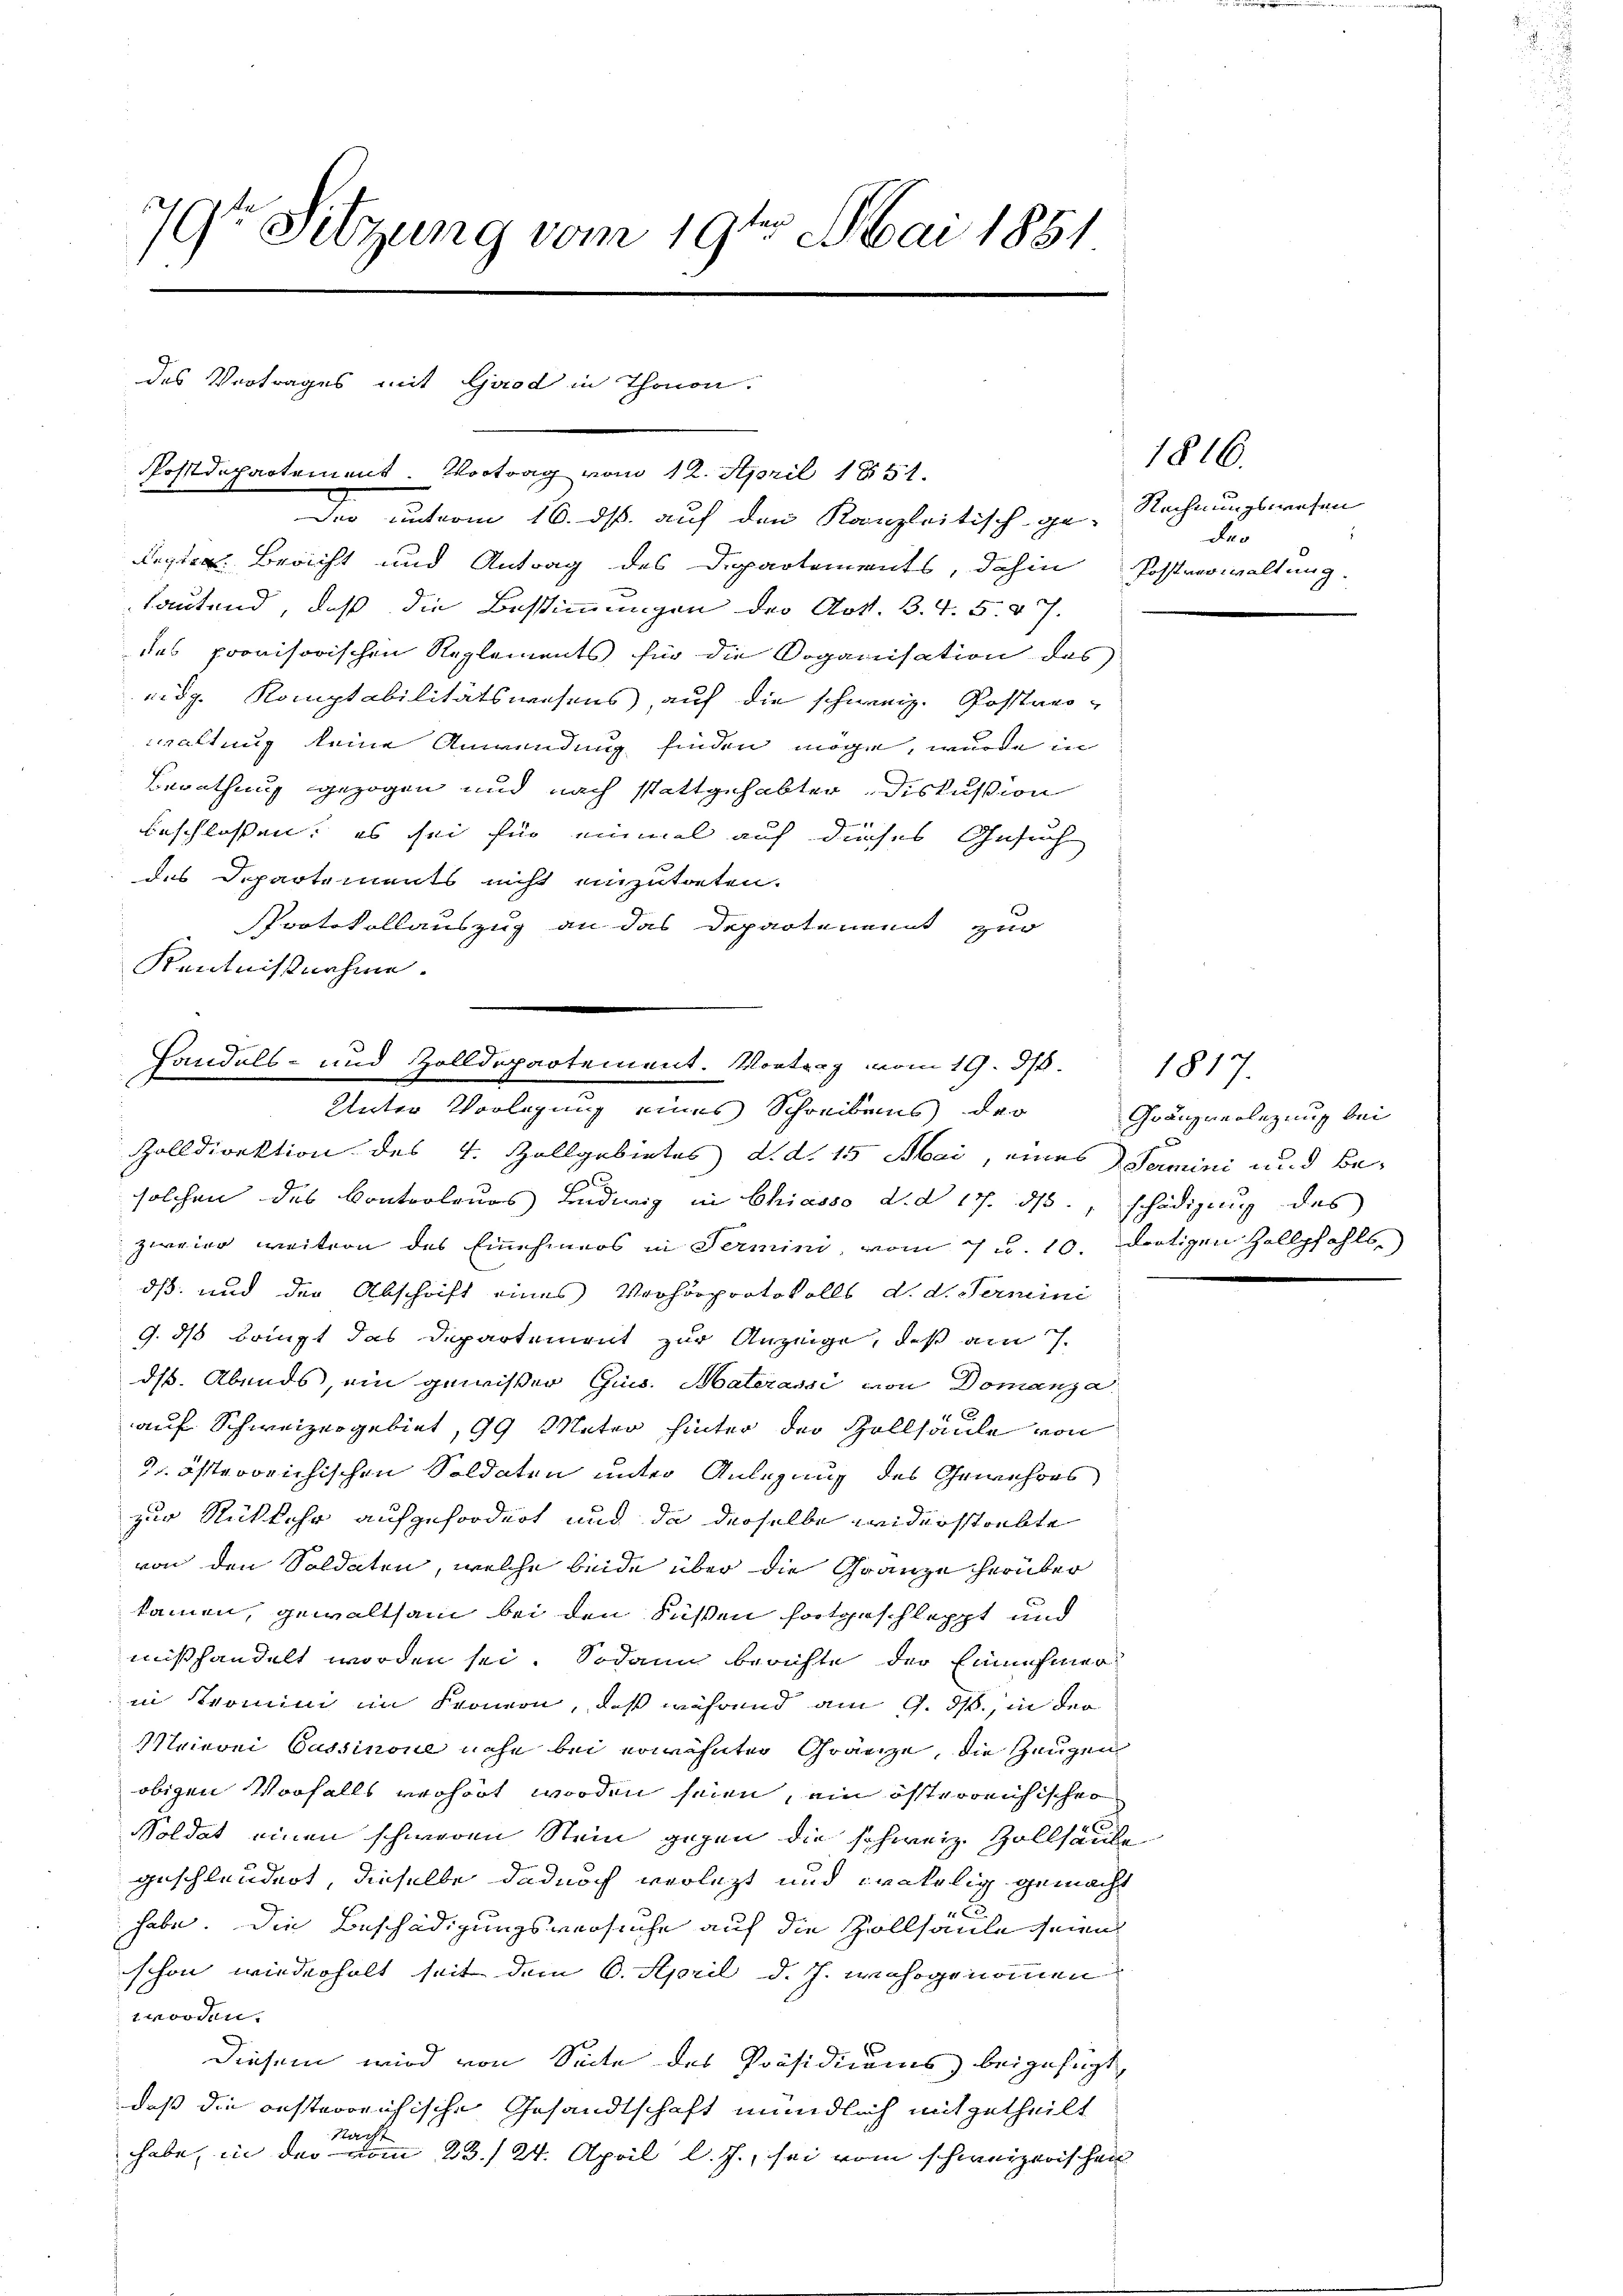
79te Sitzung vom 19ten Mai 1881

des Vertrages mit Good in Thonon.
Postdepartement. Vortrag vom 12. April 1851.

Der unterm 16. ds. auf den Kanzleitisch ge-
desten Bericht und Antrag des Departements, dahin Postverwaltung.
lautend, daß die Bestimmungen der Art. 3. 4. 5. 87.
des provisorischen Reglements für die Doganisation des
eidg. Komptabilitätswesens, auf die schweiz. Postner-
waltung keine Anwendung finden möge, wurde in
Berathung gezogen und nach stattgehabter, Diskussion
beschlossen, es sei für einmal auf dieses Gesuch
des Departements nicht einzutreten.
Protokollauszug an das Departenannt zur
Kentnißnahme.

Handels- und Zolldepartement. Vortrag vom 19. d. 1817.
Unter Vorlegung eines Schreibens der

Zolldirektion des 4. Zollgebietes d. d. 15 Mai, eines Semini und Be-
solchen des Controleurs Ludwig in Chiasso d. d. 17. ds., schädigung des
zweier weitern des Einehmers in Termini vom 7 u. 10. dortigen Zollpfahls
dß und der Abschrift eines Verhörprotokolls d. d. Termini
9. ds bringt das Departement zur Anzeige, daß am 7.
dß. Abends, ein gewisser Gins. Materassi von Domanza
auf Schweizergebiet, 99 Mater hinter der Hollsaule von
 österreichischen Soldaten unter Anlegung des Gewehres
zur Rückkehr aufgefordert und da derselbe widerstrebte
von den Soldaten, welche beide über die Gränze herüber
kammen, gewaltsam bei den Füßen fortgeschleppt und
mißhandelt worden sei. Sodann berichte der Einnehmer
in Nomini im Fronon, daß während am 9. ds., in der
Maierei Cassinone nahe bei erwähnten Gränze, die Zeugen
obigen Vorfalls verhört worden seien, ein österreichischer
Soldat einen schweren Stein gegen die schweiz. Zollsaube
geschleudert, dieselbe dadurch verletzt und endkolig gemacht
Ei
habe. Die Beschädigungsversuche auf die Zollsaule seien
schon wiederholt seit dem 6. April d. J. wahrgenommen
t worden.
diesem wird von Seite des Präsidiums beigefügt,
daß die oesterreichische Gesandtschaft mündlich mitgetheilt
Nacht
habe, in der vom 23./24. April l. J., sei vom schweizerischen

1816.
Rechnungswesen
.
das

Gränzverlegung bei